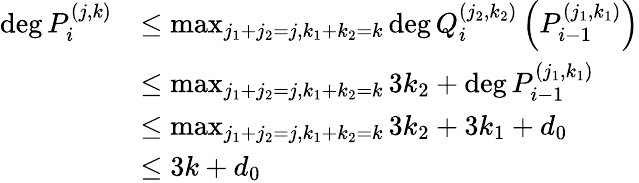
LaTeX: \begin{array}{rl}{\deg P_{i}^{(j,k)}}&{\leq\operatorname*{max}_{j_{1}+j_{2}=j,k_{1}+k_{2}=k}\deg Q_{i}^{(j_{2},k_{2})}\left(P_{i-1}^{(j_{1},k_{1})}\right)}\\ &{\leq\operatorname*{max}_{j_{1}+j_{2}=j,k_{1}+k_{2}=k}3k_{2}+\deg P_{i-1}^{(j_{1},k_{1})}}\\ &{\leq\operatorname*{max}_{j_{1}+j_{2}=j,k_{1}+k_{2}=k}3k_{2}+3k_{1}+d_{0}}\\ &{\leq 3k+d_{0}}\end{array}